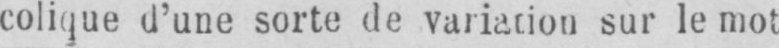
sur le mot